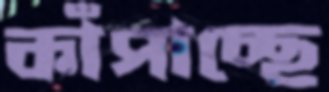
কাঁপাচ্ছে